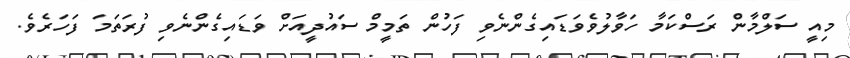
މިއީ ސަލްމާން ރަސްކަމާ ހަވާލުވެވަޑައިގެންނެވި ފަހުން ތަމީމް ސައުދީއަށް ވަޑައިގެންނެވި ފުރަތަމަ ފަހަރެވެ.